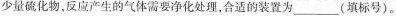
少量硫化物，反应产生的气体需要净化处理，合适的装置为___(填标号)